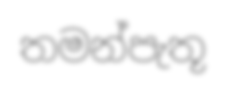
තමන්පැතූ